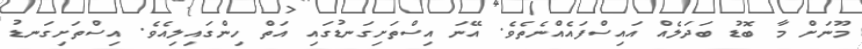
މޫނަށް މާ ބޮޑު ބަދަލެއް އައިސްފައެއްނެތެވެ. އޭނަ އިސްތަށިގަނޑުގައި އަތް ހިންގައިލިއެވެ. އިސްތަށިގަނޑު